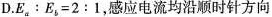
D. $$ E_{a}：E_{b}=2:1 $$，感应电流均沿顺时针方向